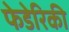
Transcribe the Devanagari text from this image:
फेडेरिकी